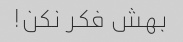
بهش فکر نکن!